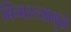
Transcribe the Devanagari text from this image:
विचारल्यामुळे